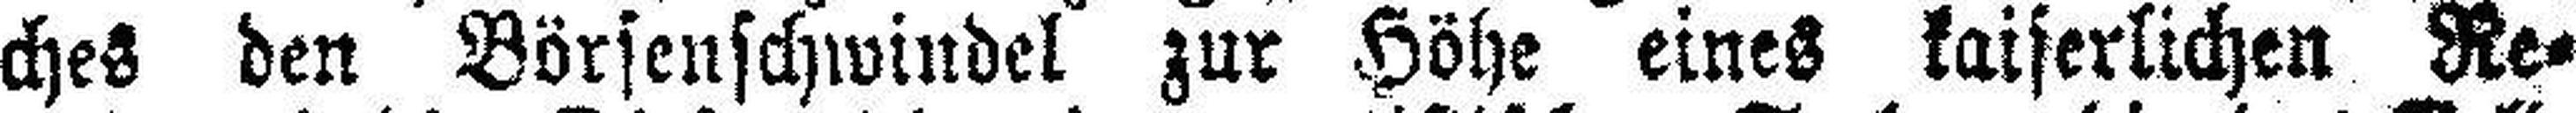
ches den Börsenschwindel zur Höhe eines kaiserlichen Re¬